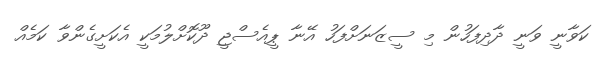
ކަވާނީ ވަނީ ދާދިފަހުން މި ސީޒަނަށްފަހު އޭނާ ޕީއެސްޖީ ދޫކޮށްލުމަކީ އެކަށީގެންވާ ކަމެއް